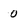
Character: 0